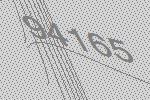
94165